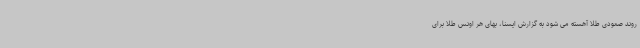
روند صعودی طلا آهسته می شود به گزارش ایسنا، بهای هر اونس طلا برای